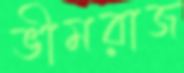
ভীমরাজ